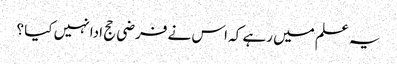
یہ علم میں رہے کہ اس نے فرضی حج ادا نہیں کیا ؟